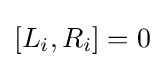
[L_{i},R_{i}]=0